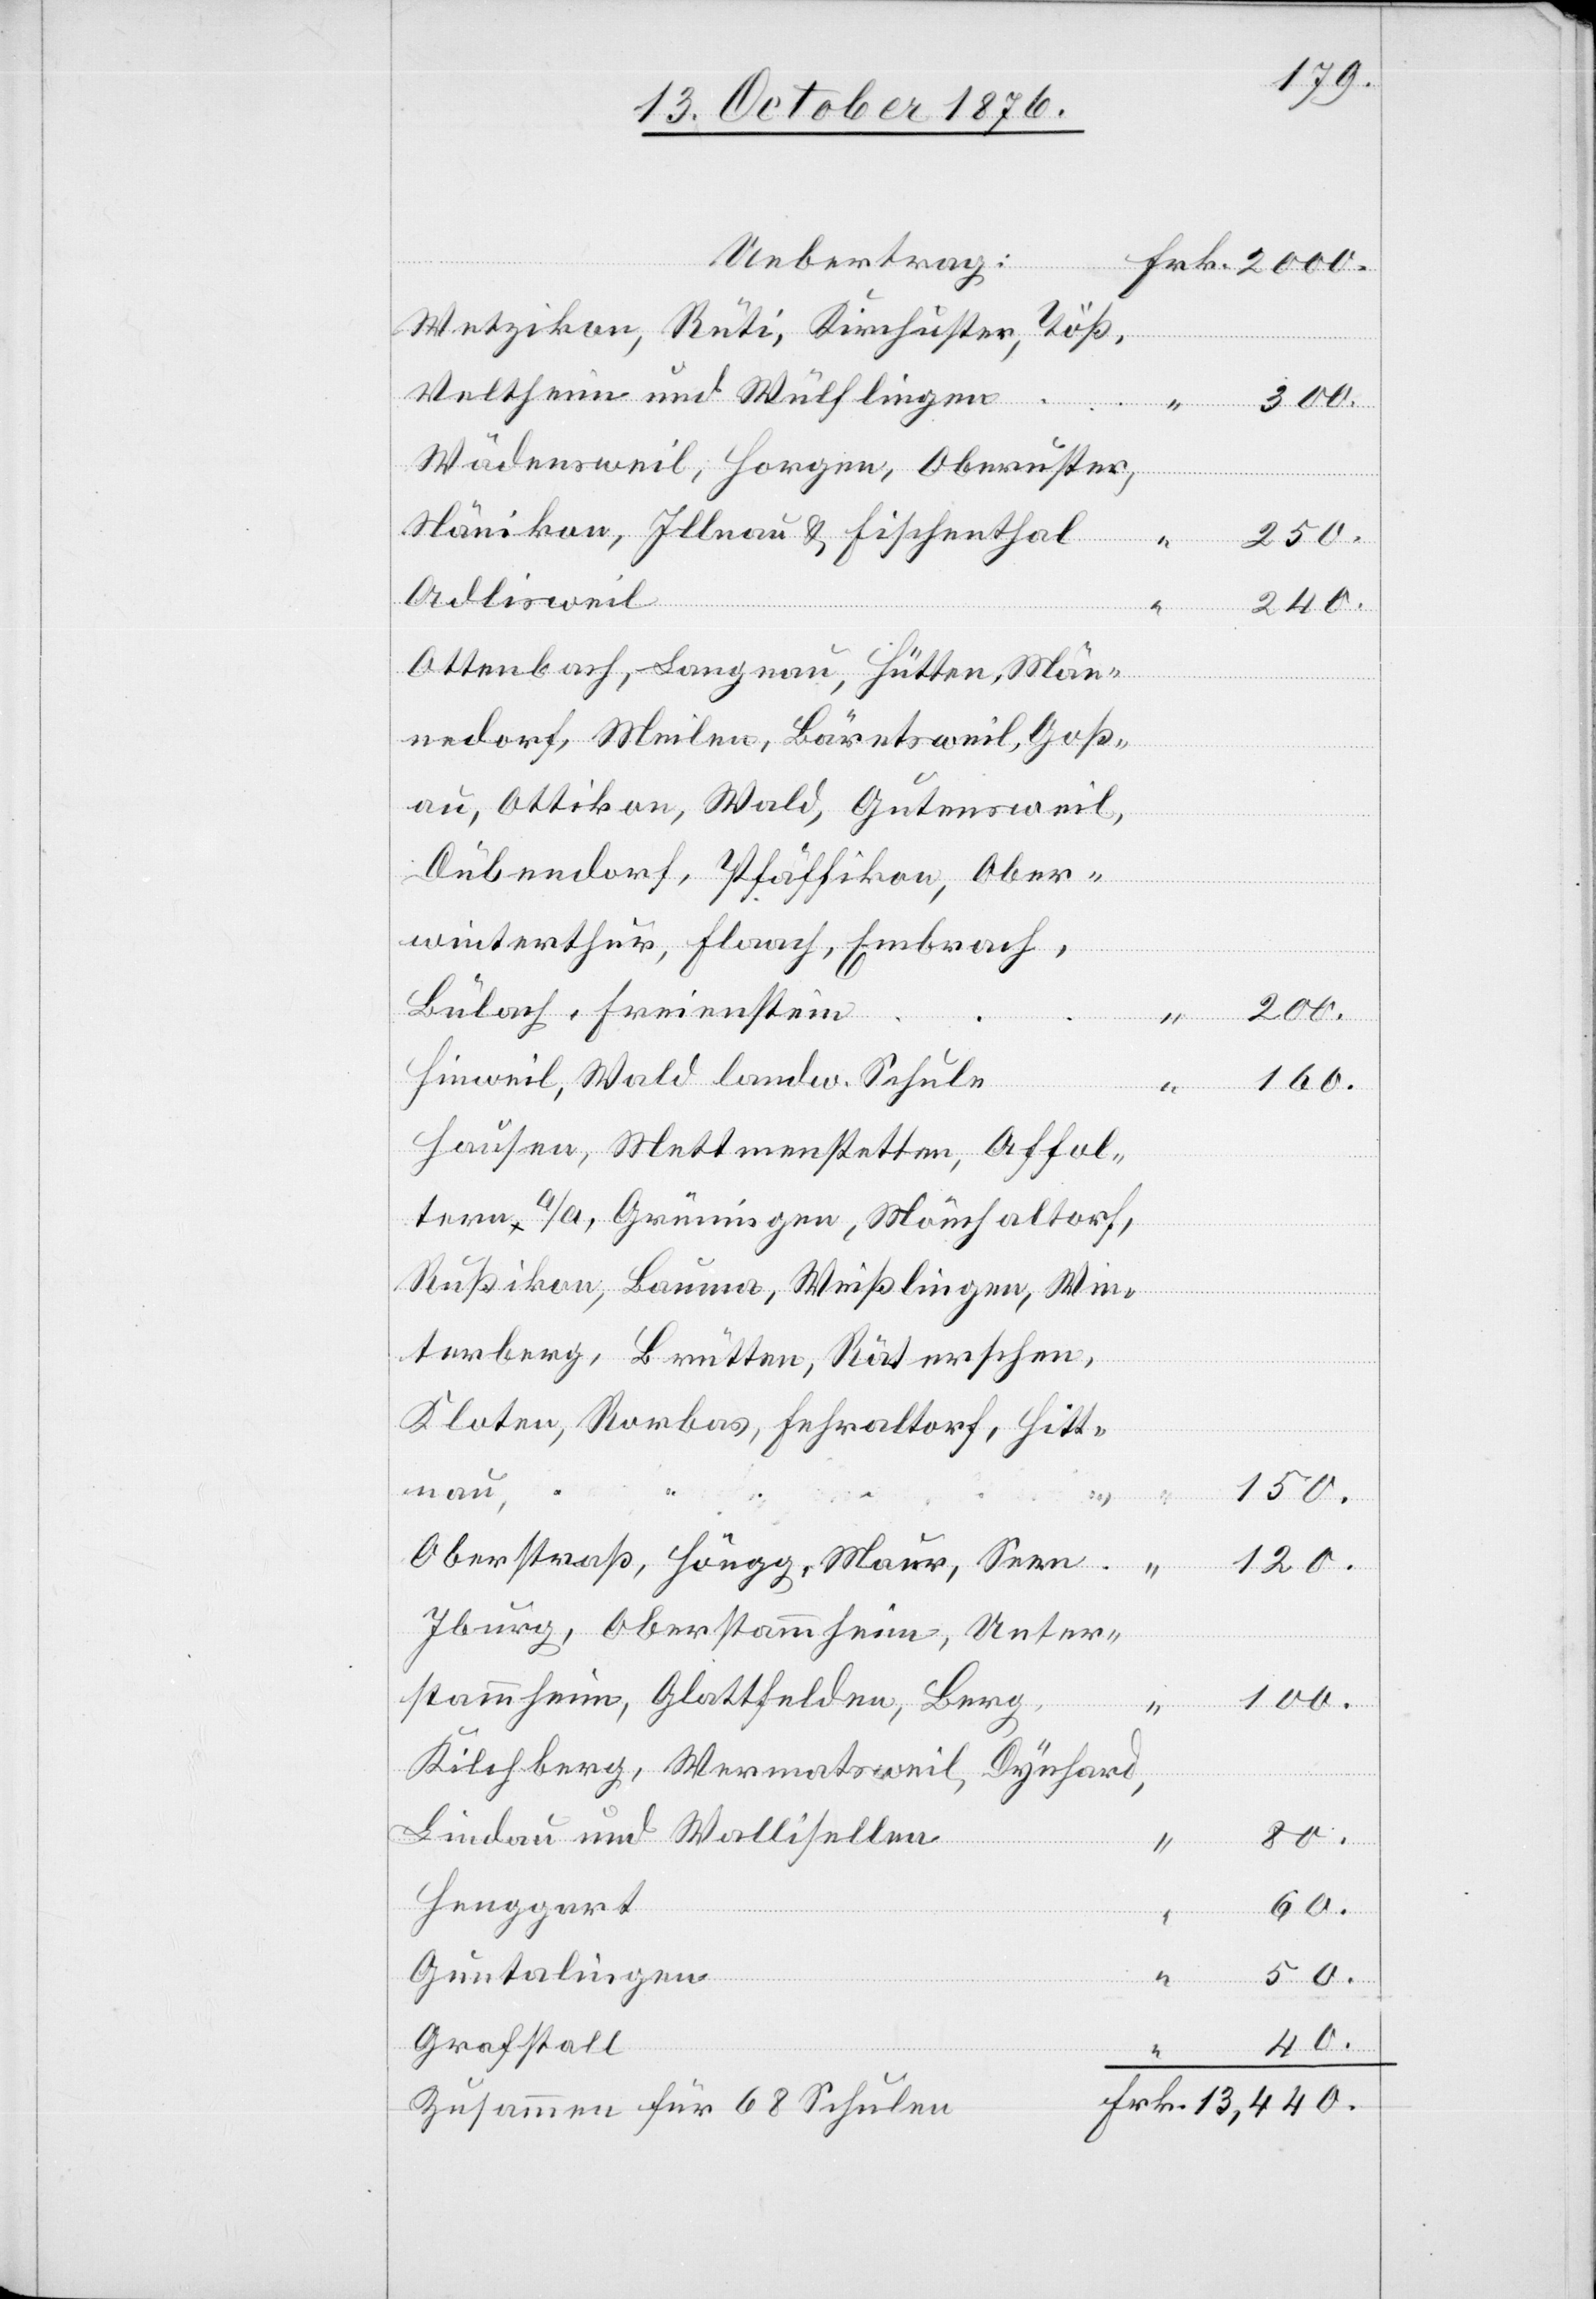
Wetzikon, Rüti, Kirchuster, Töß,
Veltheim und Wülflingen
300.
Wädensweil, Horgen, Oberuster,
Nänikon, Illnau & Fischenthal
250.
Adlisweil
Ottenbach, Langnau, Hütten, Män¬
nedorf, Meilen, Bäretsweil, Goß¬
au, Ottikon, Wald, Gutensweil,
Dübendorf, Pfäffikon, Ober¬
winterthur, Flaach, Embrach,
Bülach, Freienstein
Hinweil, Wald landw. Schule
Hausen, Mettmenstetten, Affol¬
tern a/A, Grüningen, Mönchaltorf,
Rußikon, Bauma, Weißlingen, Win¬
terberg, Brütten, Räterschen,
Kloten, Rorbas, Fehraltorf, Hitt¬
nau,
“
100.
200.
Oberstraß, Höngg, Maur, Seen.
120.
Iburg, Oberstammheim, Unter¬
stammheim, Glattfelden, Berg,
Kilchberg, Wermatsweil, Dynhard,
Lindau und Wallisellen
80.
Henggart
60.
Guntalingen
Frk.
50.
Grafstall
40.
Zusammen für 68 Schulen